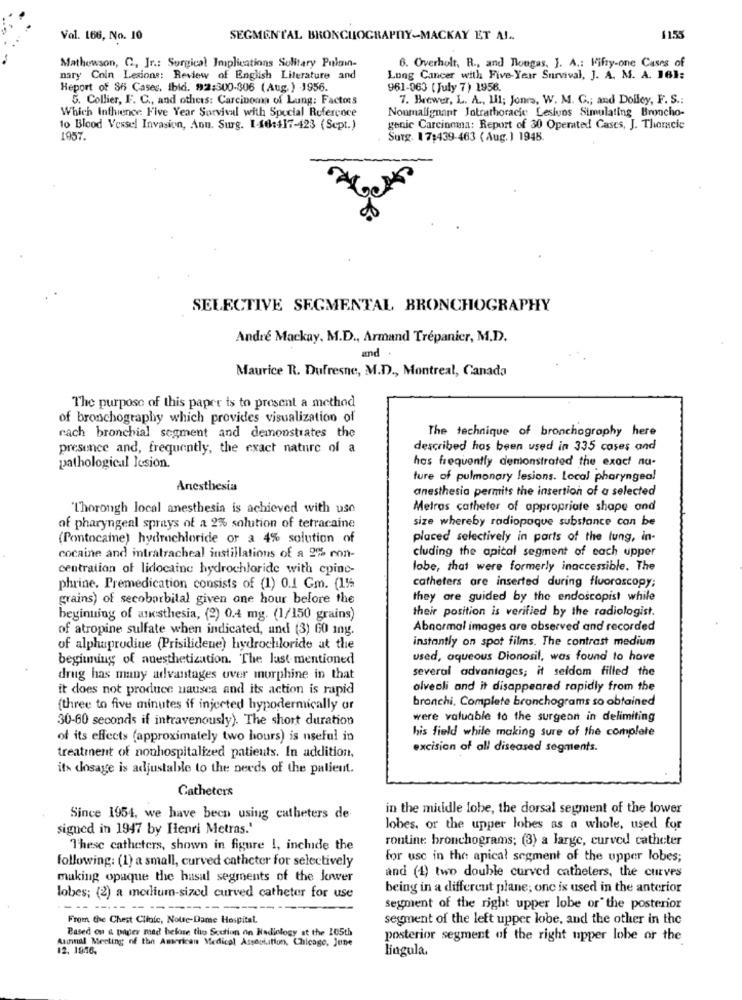
Val. 166, No. 10
SEGMENTAL BRONCHOGRAPHY-MACKAY ET AL ..
1155
6. Overholt, R ., and Rougas, J. A .: Fifty-one Cases of
Mathewson, C, Jr .: Surgical Implications Solitary Pulon-
nary Coin Lesions: Review of English Literature and
Lung Cancer with Five-Year Survival, J. A. M. A. 161:
Heport of Sh Cases. ibid. 92:300-306 (Aug. ) 1956.
961-063 (July 7) 1956.
5. Collier, F. C ., and others: Carcinoma of Lung: Factors
7. Brewer, L. A ., Il1; Jones, W. M. G .; and Dolley, F. S .:
Which Infhience Five Year Survival with Special Reference
Nonmalignant Jotrathoracic Lesivos Simulating Broncho-
to Blood Vessel Invasion, Ann. Surg. 1-46:417-423 (Sept.)
genie Carcinoma: Report of 30 Operated Cases, J. Thoracic
1957.
Surg. 17:439-463 ( Aug. ) 1948.
SELECTIVE SEGMENTAL BRONCHOGRAPHY
André Mackay. M.D ., Armand Trépanier, M.D.
and
Maurice R. Dufresne, M.D ., Montreal, Canada
The purpose of this paper is to present a method
of bronchography which provides visualization of
rach bronchial segment and demonstrates the
The technique of bronchography here
presence and, frequently, the exact nature of a
described has been used in 335 cases and
pathological lesion.
has frequently demonstrated the exact na-
ture of pulmonary lesions. Local pharyngeal
Anesthesia
anesthesia permits the insertion of a selected
"Thorough local anesthesia is achieved with use
Metros catheter of appropriate shape and
size whereby radiopaque substance can be
of pharyngeal sprays of a 2% solution of tetracaine
(Pontocame) hydrochloride or a 4% solution of
placed selectively in parts of the lung, in-
cluding the apical segment of each upper
cocaine and intratracheal instillations of a 2% con-
centration of lidocaine hydrochloride with epine-
lobe, that were formerly inaccessible. The
catheters are inserted during fluorascopy;
phrine. Premedication consists of (1) 0.1 Gm. (155
grains) of secobarbital given one hour before the
they are guided by the endoscopist while
their position is verified by the radiologist.
beginning of anesthesia, (2) 0.4 mg. (1/150 grains)
of atropine sulfate when indicated, and (3) 60 ing.
Abnormal images are observed and recorded
instantly on spot films. The contrast medium
of alphaprodiue (Prisilidene) hydrochloride at the
beginning of anesthetization. The last mentioned
used, aqueous Dionosil, was found to have
several advantages; it seldom filled the
drug has many advantages over morphine in that
it does not produce nausea and its action is rapid
alveoli and it disappeared rapidly from the
bronchi, Complete bronchograms so obtained
(three to five minutes if injected hypodermically or
30-60 seconds if intravenously). The short duration
were valuable to the surgeon in delimiting
his field while making sure of the complete
of its effects (approximately two hours) is useful in
treatment of nonhospitalized patients. In addition,
excision of all diseased segments.
its dosage is adjustable to the needs of the patient.
Catheters
in the middle lobe, the dorsal segment of the lower
Since 1954, we have been using catheters de
sigued in 1947 by Henri Metras.'
lobes, or the upper lobes as a whole, used for
routine bronchograms; (3) a large, curved catheter
These catheters, shown in figure !, inchide the
following: (1) a small, curved catheter for selectively
for use in the apical segment of the upper lobes;
making opaque the hasal segments of the lower
and (1) two double curved catheters, the curves
being in a different plane; one is used in the anterior
lobes; (2) a medium-sized curved catheter for use
segment of the right upper lobe or" the posterior
From the Chest Clinic, Notre-Dame Hospital
segment of the left upper lobe, and the other in the
Based on & paper med before the Section on Radiology at the 105th
posterior segment of the right upper lobe or the
Aumnal Meeting of the American Medical Association, Chicago, June
12. 1956,
lingula.